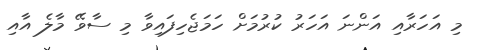
މި އަހަރާއި އަންނަ އަހަރު ކުރުމަށް ހަމަޖެހިފައިވާ މި ސާވޭ މާލެ އާއި